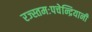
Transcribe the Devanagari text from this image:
रज्स्तमःपचेन्द्रियानी